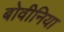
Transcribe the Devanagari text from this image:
बोवीनिया